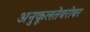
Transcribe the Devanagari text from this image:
अनुकूलतेबरोबर